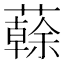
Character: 𧁀